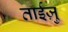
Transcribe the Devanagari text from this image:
ताईज़ु